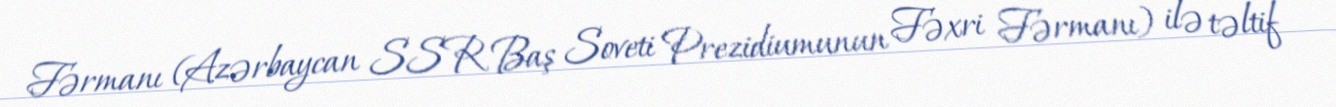
Fərmanı (Azərbaycan SSR Baş Soveti Prezidiumunun Fəxri Fərmanı) ilə təltif